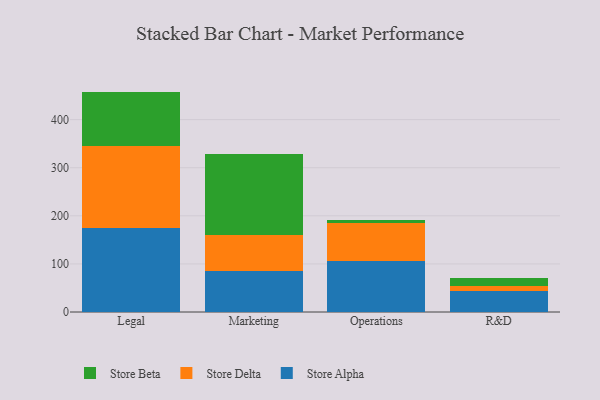
{"axis": {"x": "Department", "y": "Demand Index"}, "legend": ["Store Alpha", "Store Beta", "Store Delta"], "data": [{"x": "Legal", "y": 175.1, "type": "Store Alpha"}, {"x": "Legal", "y": 170.1, "type": "Store Delta"}, {"x": "Legal", "y": 113.1, "type": "Store Beta"}, {"x": "Marketing", "y": 86.2, "type": "Store Alpha"}, {"x": "Marketing", "y": 73.8, "type": "Store Delta"}, {"x": "Marketing", "y": 167.6, "type": "Store Beta"}, {"x": "Operations", "y": 106.4, "type": "Store Alpha"}, {"x": "Operations", "y": 79.2, "type": "Store Delta"}, {"x": "Operations", "y": 5.3, "type": "Store Beta"}, {"x": "R&D", "y": 44.7, "type": "Store Alpha"}, {"x": "R&D", "y": 9.0, "type": "Store Delta"}, {"x": "R&D", "y": 16.3, "type": "Store Beta"}]}